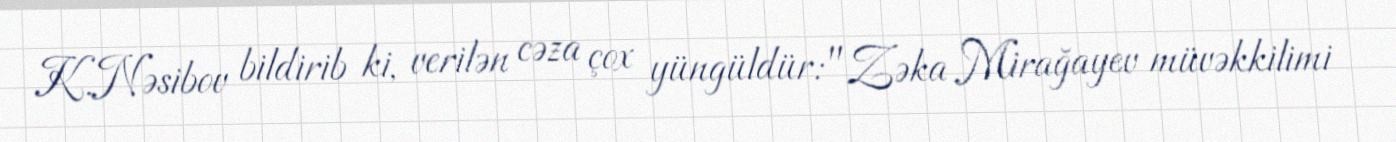
K.Nəsibov bildirib ki, verilən cəza çox yüngüldür: "Zəka Mirağayev müvəkkilimi